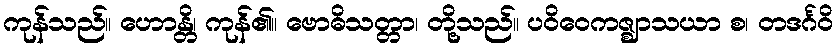
ကုန်သည်။ ဟောန္တိ၊ ကုန်၏။ ဗောဓိသတ္တာ၊ တို့သည်။ ပဝိဝေကဇ္ဈာသယာ စ၊ တဒင်္ဂဝိ